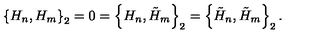
\left\{ H _ { n } , H _ { m } \right\} _ { 2 } = 0 = \left\{ H _ { n } , \tilde { H } _ { m } \right\} _ { 2 } = \left\{ \tilde { H } _ { n } , \tilde { H } _ { m } \right\} _ { 2 } .